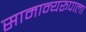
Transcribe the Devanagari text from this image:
सामान्यरूपाला